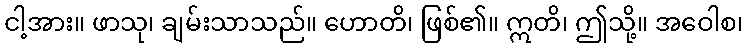
ငါ့အား။ ဖာသု၊ ချမ်းသာသည်။ ဟောတိ၊ ဖြစ်၏။ ဣတိ၊ ဤသို့။ အဝေါစ၊